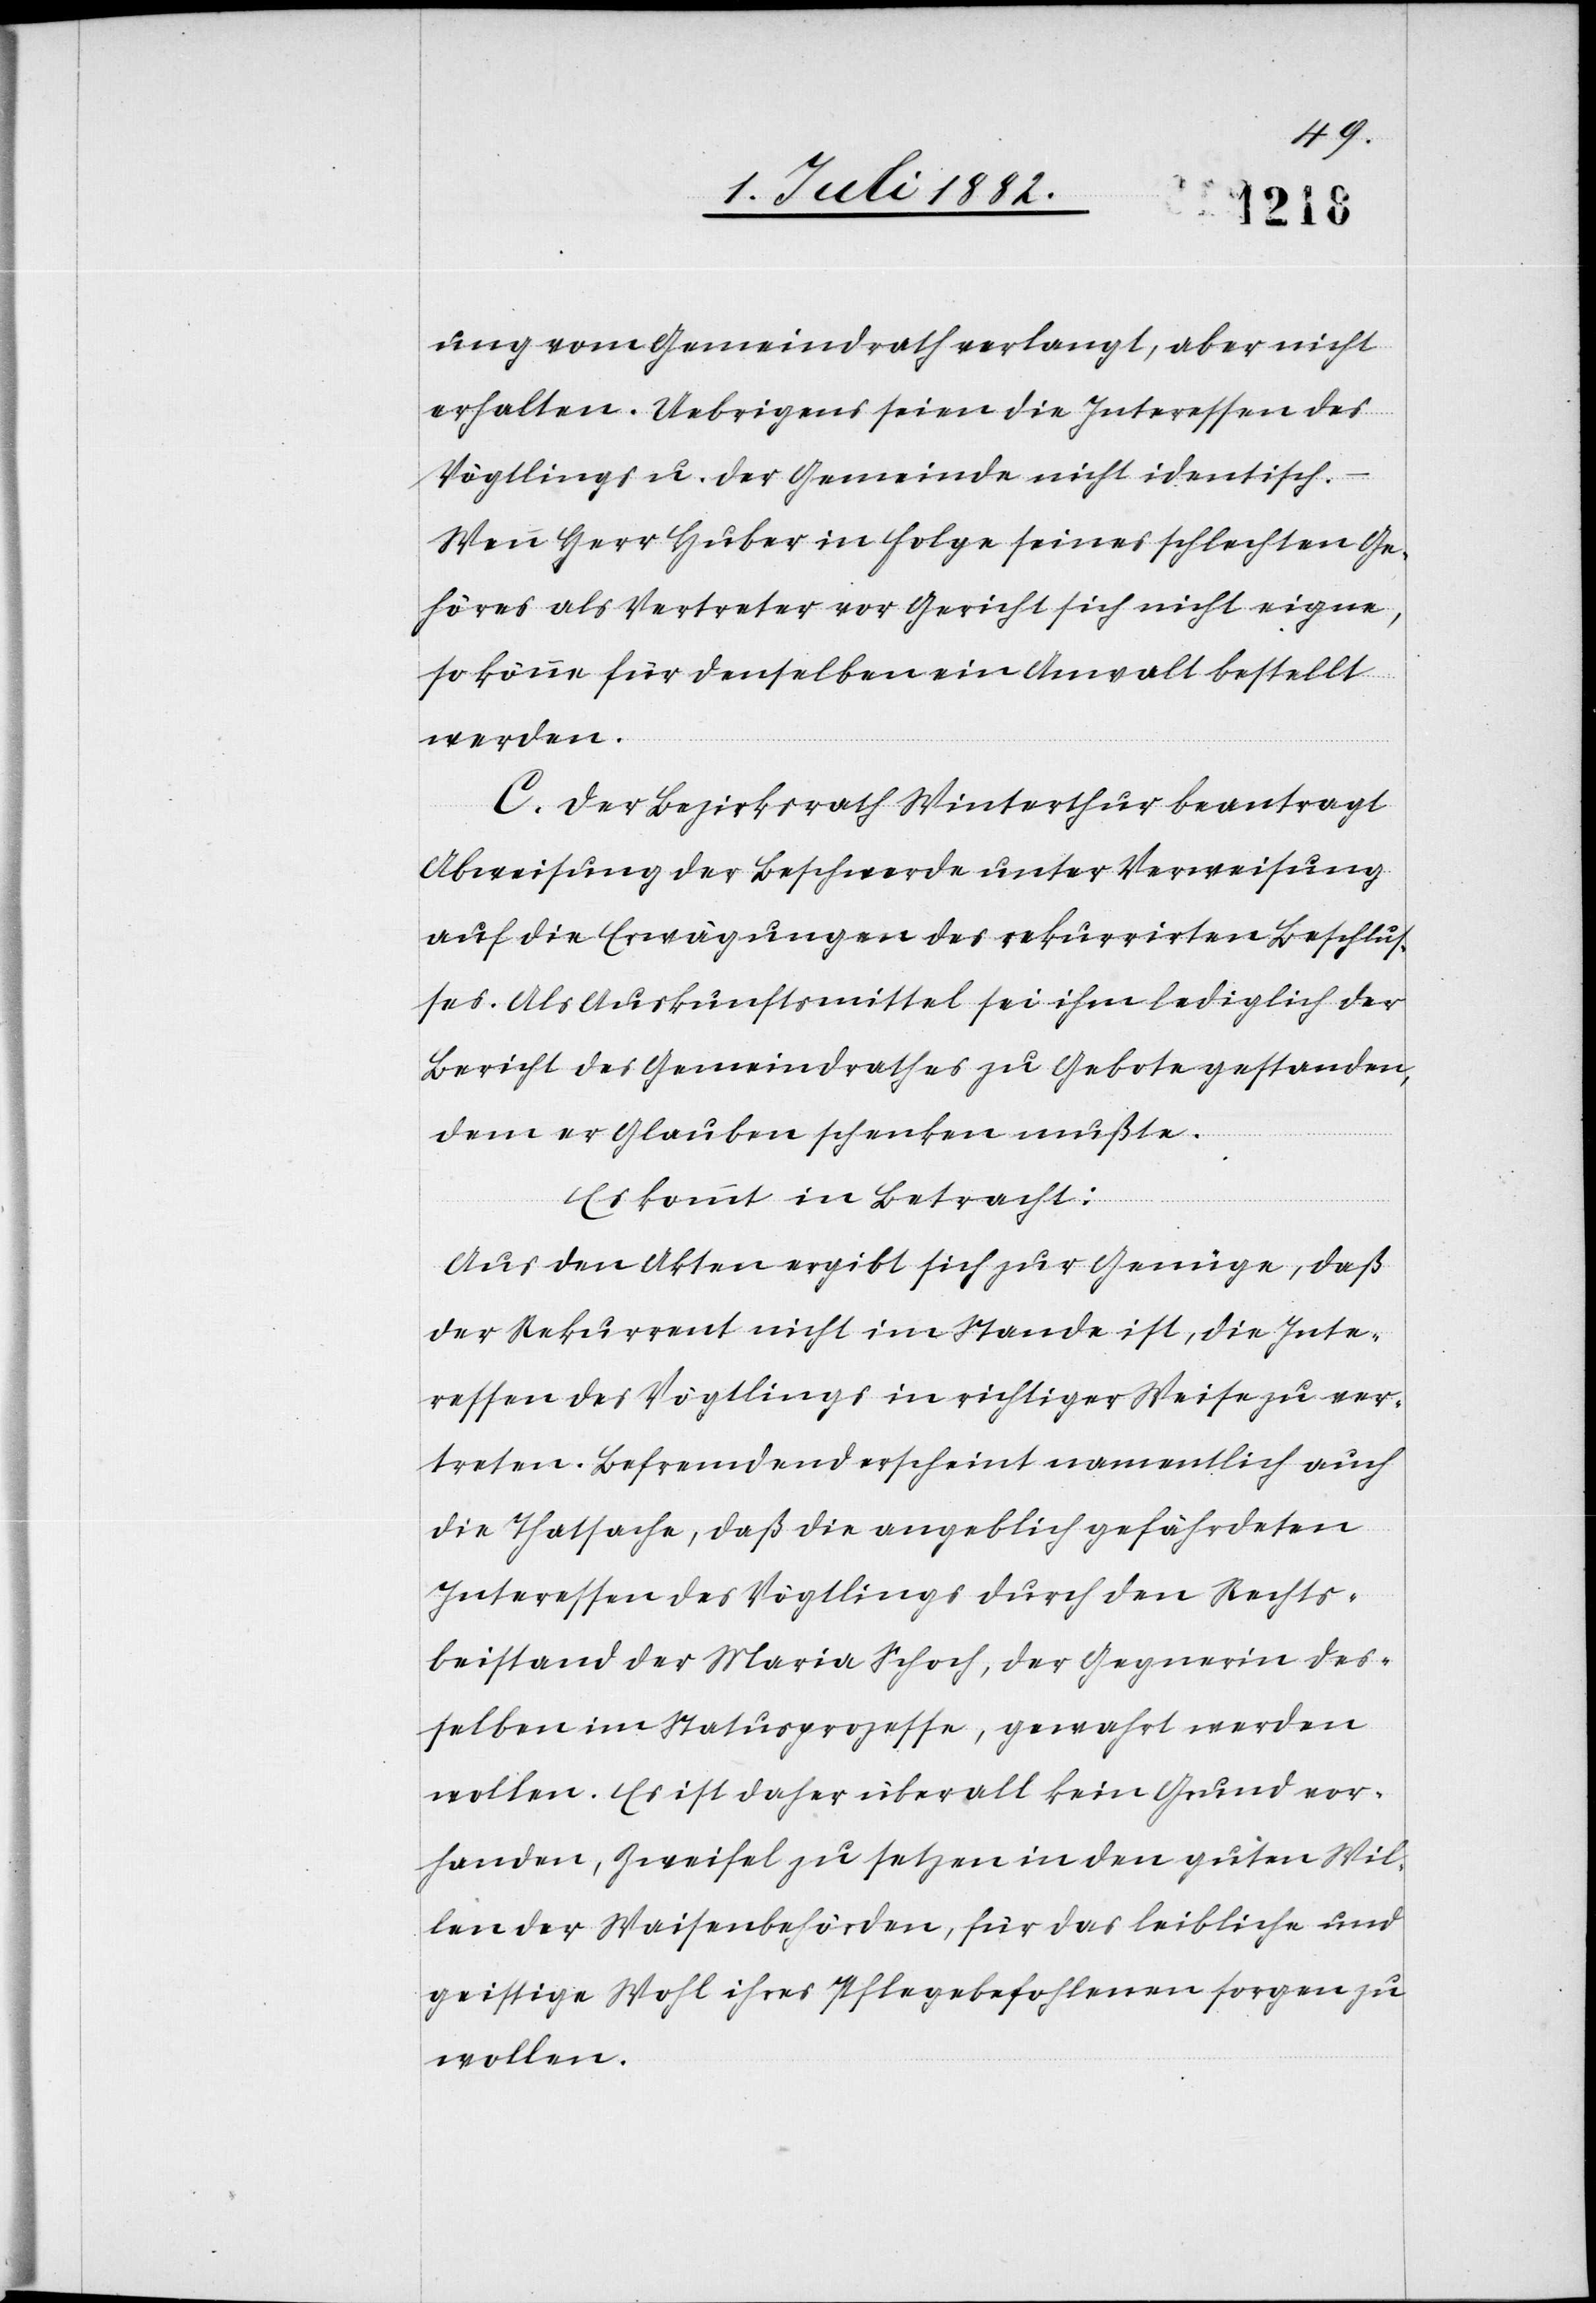
ung vom Gemeindrath verlangt, aber nicht
erhalten. Uebrigens seien die Interessen des
Vögtlings u. der Gemeinde nicht identisch.
–
Wenn Herr Huber in Folge seines schlechten Ge¬
höres als Vertreter vor Gericht sich nicht eigne,
so könne für denselben ein Anwalt bestellt
werden.
C. Der Bezirksrath Winterthur beantragt
Abweisung der Beschwerde unter Verweisung
auf die Erwägungen des rekurrirten Beschlus¬
ses. Als Auskunftsmittel sei ihm lediglich der
Bericht des Gemeindrathes zu Gebote gestanden,
dem er Glauben schenken mußte.
Es kommt in Betracht:
Aus den Akten ergibt sich zur Genüge, daß
der Rekurrent nicht im Stande ist, die Inte¬
ressen des Vögtlings in richtiger Weise zu ver¬
treten. Befremdend erscheint namentlich auch
die Thatsache, daß die angeblich gefährdeten
Interessen des Vögtlings durch den Rechts¬
beistand der Maria Schoch, der Gegnerin des¬
selben im Statusprozesse, gewahrt werden
wollen. Es ist daher überall kein Grund vor¬
handen, Zweifel zu setzen in den guten Wil¬
len der Waisenbehörden, für das leibliche und
geistige Wohl ihres Pflegebefohlenen sorgen zu
wollen.